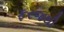
ફરજથી